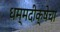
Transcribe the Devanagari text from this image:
धम्मदीक्षेचा